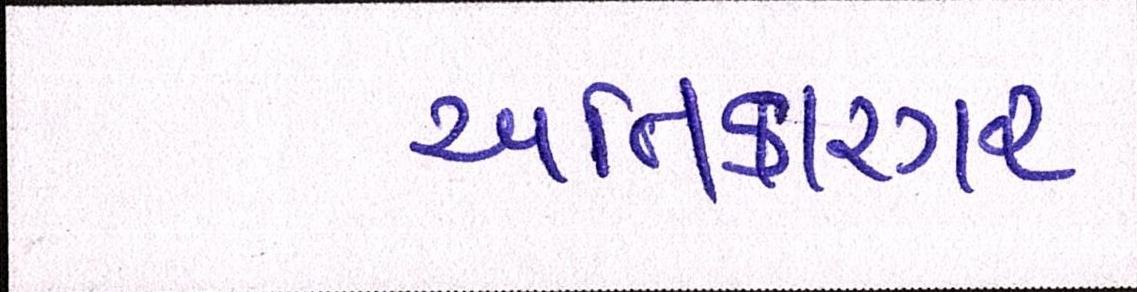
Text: અતિકારગર